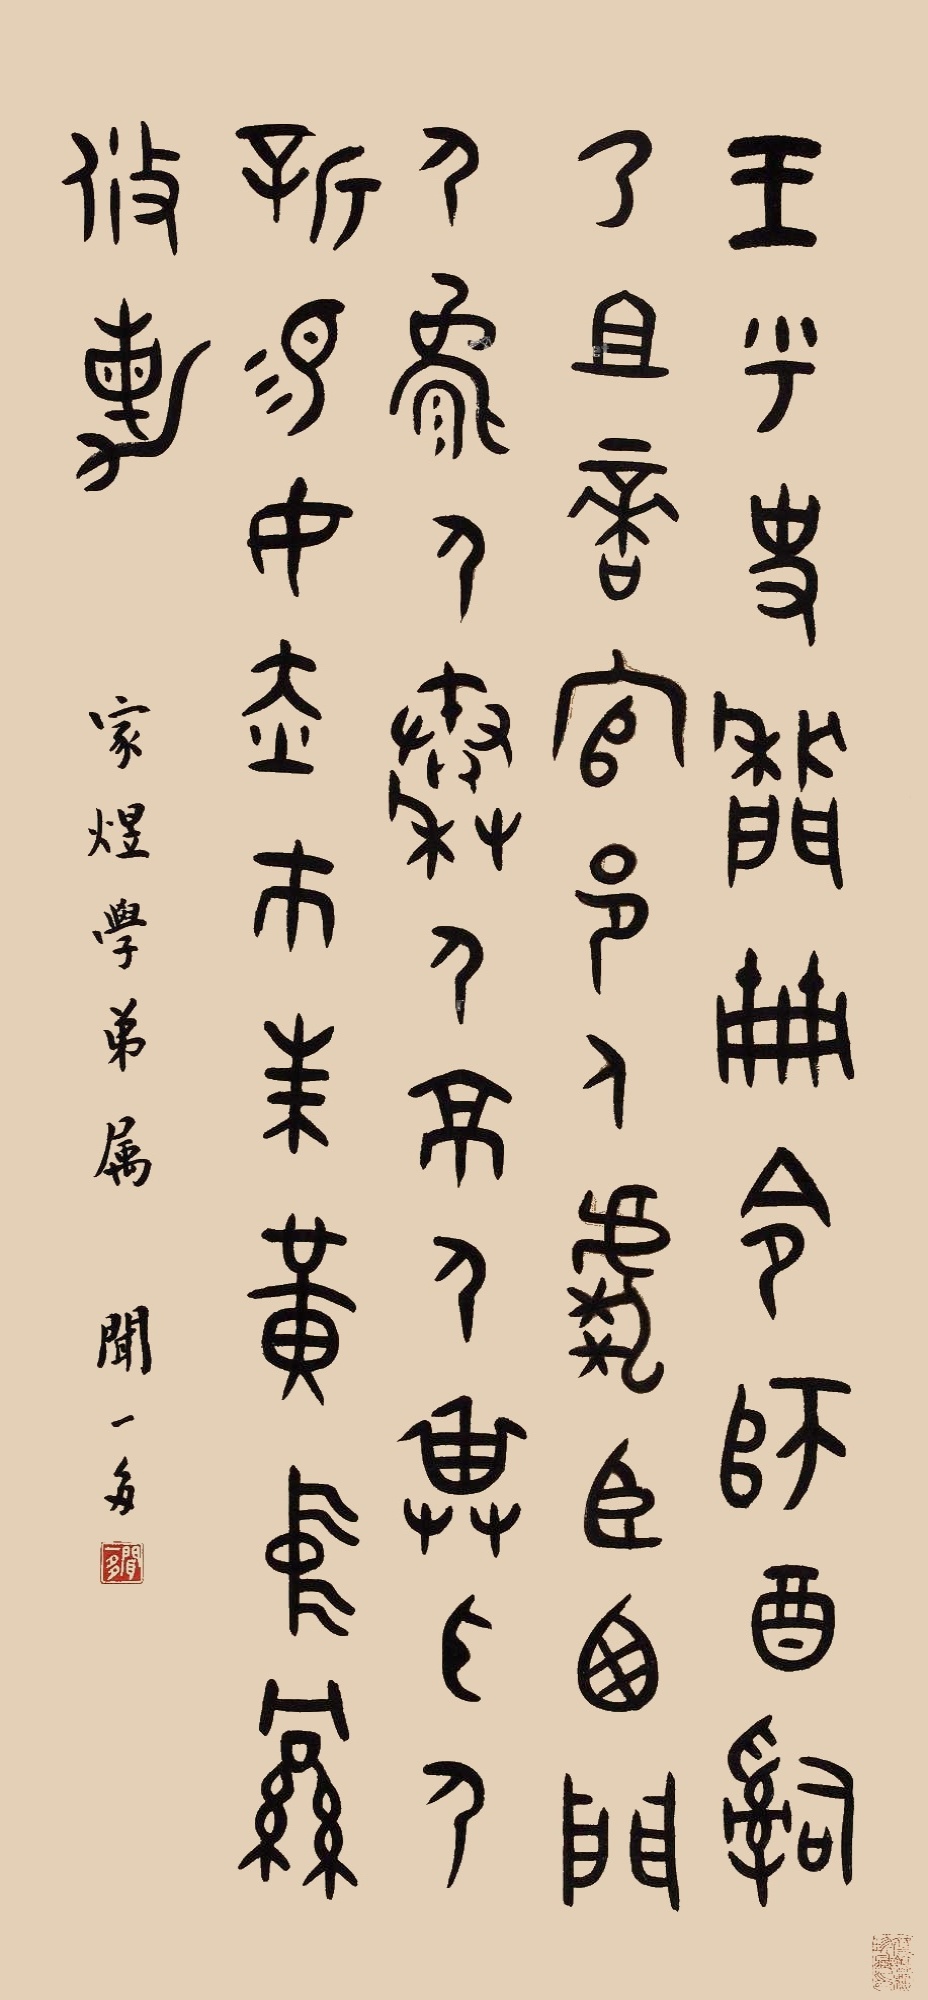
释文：王呼史册命：“师酉，乃祖嫡官邑人、虎臣、西门夷、夷、秦夷、京夷、身夷、薪。赐汝赤、朱黄、中、攸勒。家煜学弟属，闻一多。